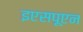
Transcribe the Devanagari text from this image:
इएसपूएन